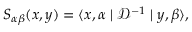
S _ { \alpha \beta } ( x , y ) = \langle x , \alpha \mid { \mathcal D } ^ { - 1 } \mid y , \beta \rangle ,